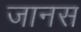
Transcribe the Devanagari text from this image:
जानस